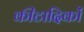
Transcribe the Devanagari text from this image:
कीटादिकों